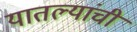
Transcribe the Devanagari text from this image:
यातल्यांची